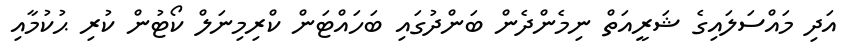
އަދި މައްސަލައިގެ ޝަރީއަތް ނިމެންދެން ބަންދުގައި ބަހައްޓަން ކްރިމިނަލް ކޯޓުން ކުރި ޙުކުމާއި